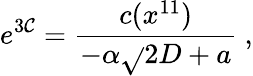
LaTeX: e^{3\mathcal{C}}={\frac{{c(x^{11})}}{{-\alpha\sqrt{}{{2}}D+a}}}\ ,